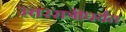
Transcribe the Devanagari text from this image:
उत्तररात्रीपर्यंत